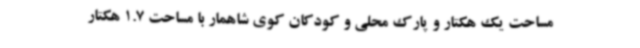
مساحت یک هکتار و پارک محلی و کودکان کوی شاهمار با مساحت 1.7 هکتار